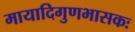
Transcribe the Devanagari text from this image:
मायादिगुणभासकः